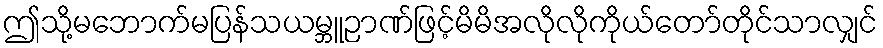
ဤသို့မဘောက်မပြန်သယမ္ဘူဉာဏ်ဖြင့်မိမိအလိုလိုကိုယ်တော်တိုင်သာလျှင်